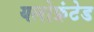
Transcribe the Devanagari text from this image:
यलोफ्रंटेड